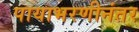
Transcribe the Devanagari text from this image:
पायाभरणीनंतर